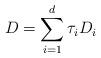
LaTeX: \begin{align*}D=\sum_{i=1}^d \tau_i D_i\end{align*}